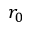
r _ { 0 }